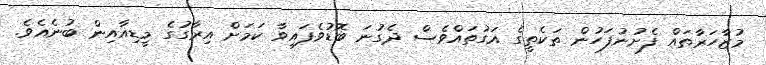
މުޒާހަރާތައް ފެށުނުފަހުން ތަކެތީގެ އަގުތައްވެސް ދެގުނަ ބޮޑުވެފައިވާ ކަމަށް އިރާގުގެ މީޑިއާއިން ބުނެއެވެ.